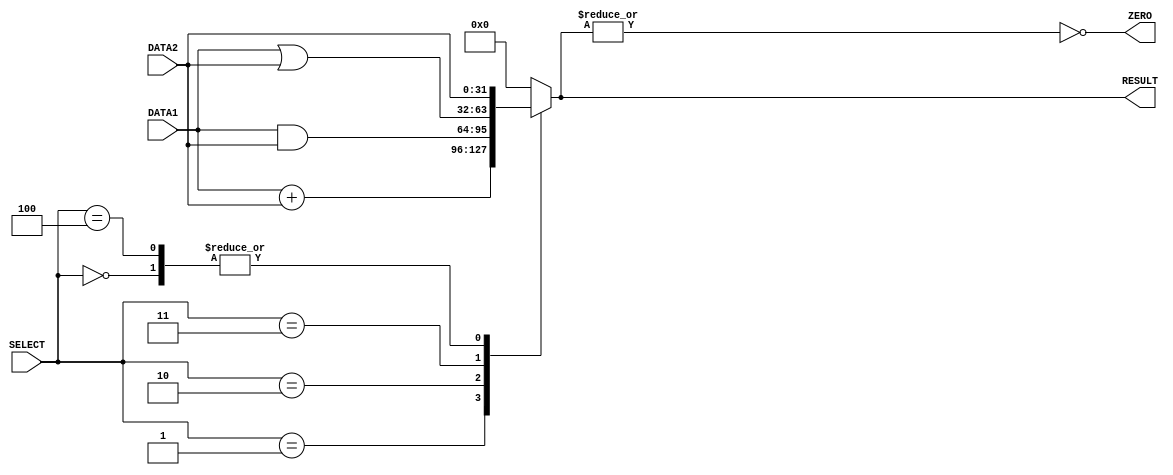
// This program was cloned from: https://github.com/tioluwanimofe/cpu_verilog
// License: MIT License

module alu(DATA1, DATA2, RESULT, SELECT,ZERO);
 //initializing the inputs and outputs
  input [31:0] DATA1, DATA2;
  input [2:0] SELECT;
  output reg [31:0] RESULT;
  output ZERO;  
 
 //creating the always block which runs whenever a input is changed
 always @(DATA1,DATA2,SELECT)
 begin
 //selecting based on the SELECT input using s switch case
 case(SELECT)
 3'b000: RESULT = DATA2; //Forward function
 3'b001: RESULT = DATA1 + DATA2; //Add and Sub function
 3'b010: RESULT = DATA1 & DATA2; //AND and Sub function
 3'b011: RESULT = DATA1 | DATA2; //OR and Sub function
 3'b100: // Doing Jump command to alter PC value, so ALU data is not really used
   RESULT = DATA2; //Send DATA2 out of the ALU when performing a Jump command (extra feature?)
 3'b101: RESULT = 32'h00000000; // Values of 101 and above are currrently unused
 3'b110: RESULT = 32'h00000000; 
 default:RESULT = 32'h00000000; 
 endcase 
 end
 
 // creating the ZERO bit using the alu result
assign ZERO = ~|RESULT;

endmodule